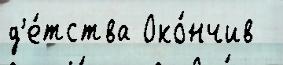
д'е́тства Око́нчив